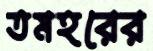
তমহরের